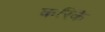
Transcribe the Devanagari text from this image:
करिकॆ